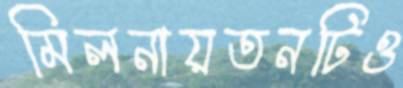
মিলনায়তনটিও